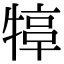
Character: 𤚮